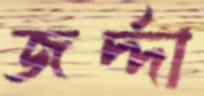
জর্দ্দা